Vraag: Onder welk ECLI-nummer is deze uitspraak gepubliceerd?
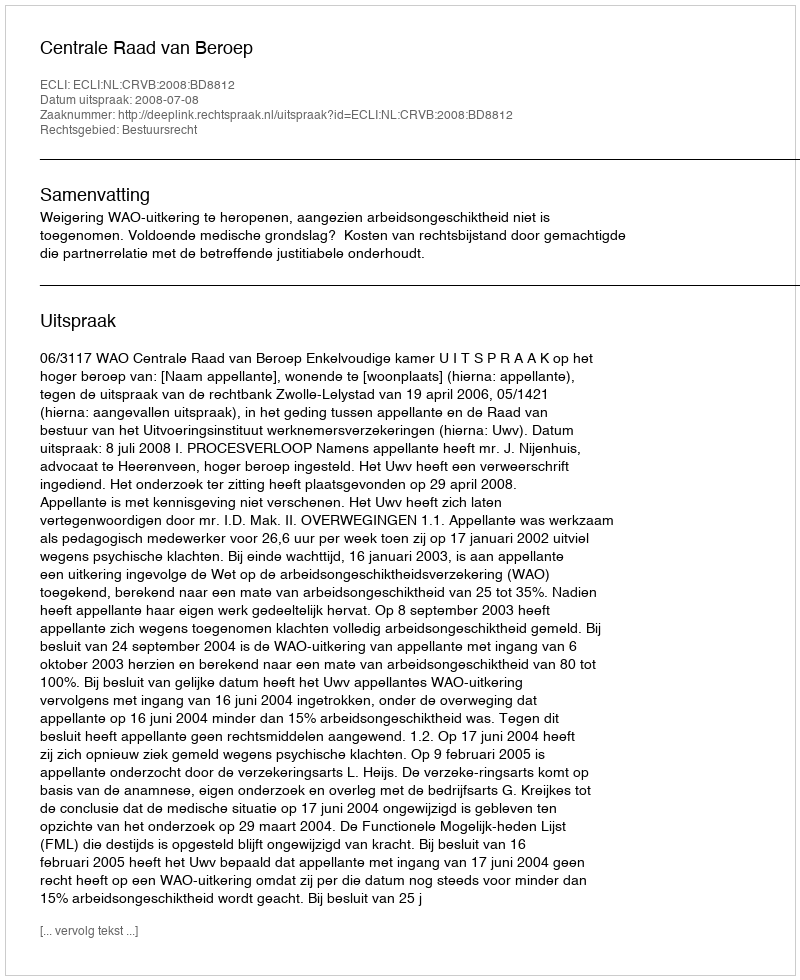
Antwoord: ECLI:NL:CRVB:2008:BD8812